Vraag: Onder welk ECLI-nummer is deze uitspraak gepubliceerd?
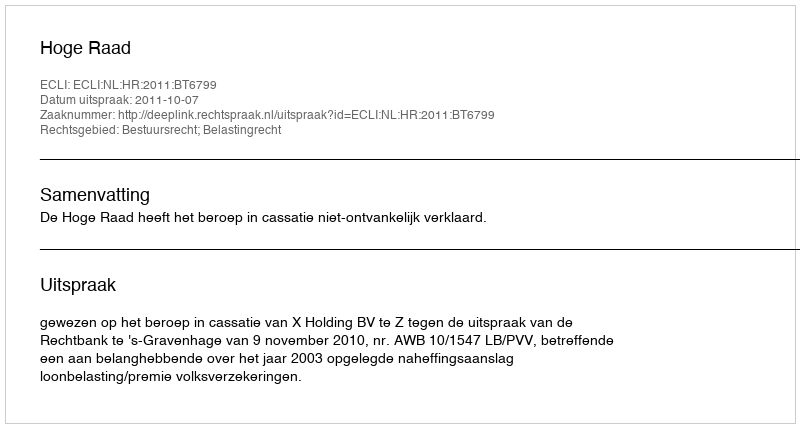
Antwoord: ECLI:NL:HR:2011:BT6799